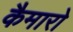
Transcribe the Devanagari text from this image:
कैमारो